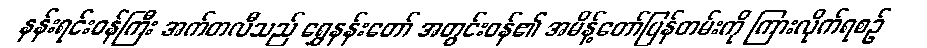
နန်းရင်းဝန်ကြီး အက်တလီသည် ရွှေနန်းတော် အတွင်းဝန်၏ အမိန့်တော်ပြန်တမ်းကို ကြားလိုက်ရစဉ်